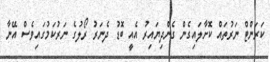
ކަރަންޓް ނަރުތައް ކޮށާލައިގެން ގެންދިޔައިރު އެއީ ބޮޑު ދެނަރު ރޯލުގެ ނަރުކަމުގައިވެސް އޭނާ